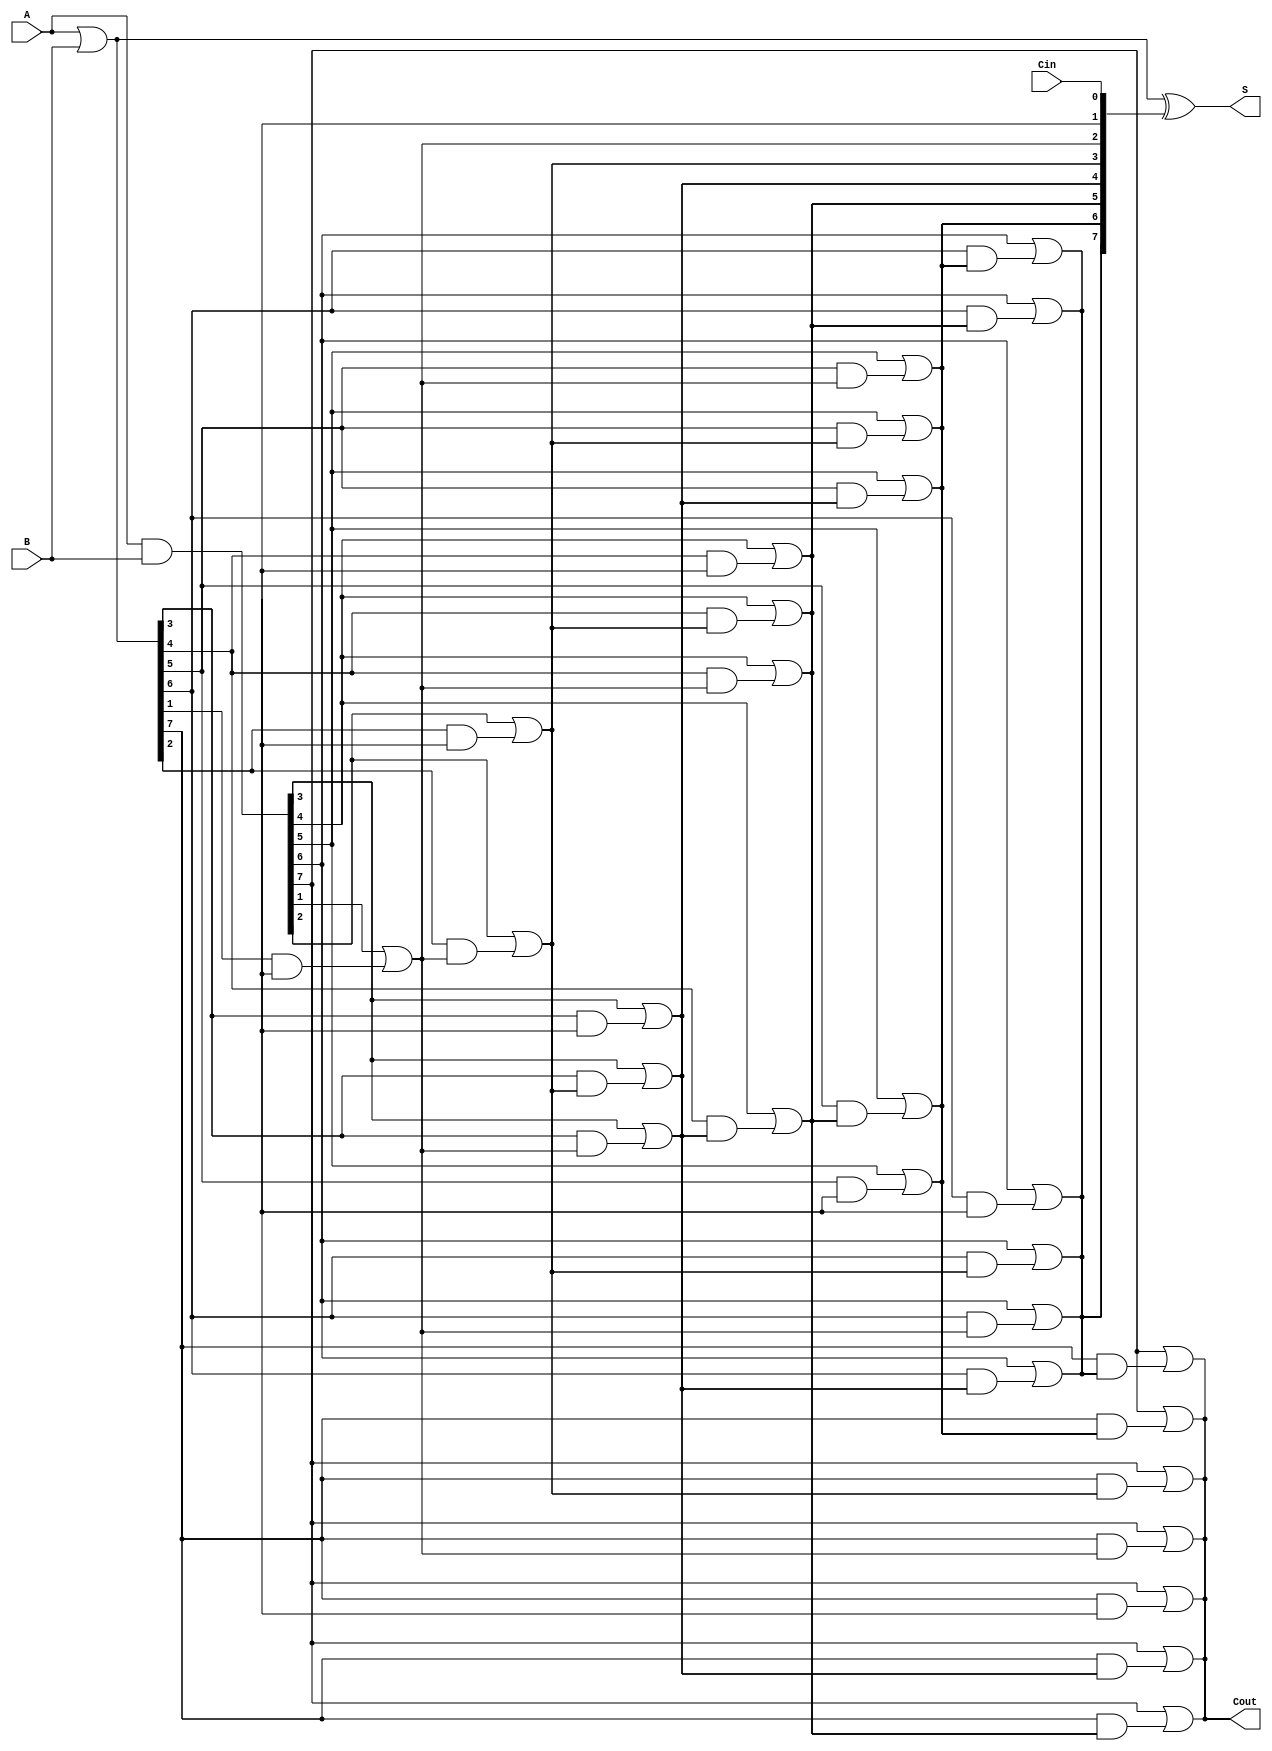
module KoggeStoneAdder #(parameter N = 8) (
    input  [N-1:0] A,      // First operand
    input  [N-1:0] B,      // Second operand
    input          Cin,     // Carry-in
    output [N-1:0] S,      // Sum output
    output         Cout     // Carry-out
);

    // Generate and Propagate signals
    wire [N-1:0] G; // Generate
    wire [N-1:0] P; // Propagate
    wire [N:0] C;    // Carry

    // Generate and Propagate calculations
    assign G = A & B;        // G[i] = A[i] & B[i]
    assign P = A | B;        // P[i] = A[i] | B[i]
    
    // Carry computation
    assign C[0] = Cin; // Initial carry-in

    genvar i, j;
    generate
        // Kogge-Stone Prefix computation
        for (i = 0; i < N; i = i + 1) begin : stage
            for (j = 0; j < i; j = j + 1) begin : level
                if (j == 0) begin
                    assign C[i+1] = G[i] | (P[i] & C[i]);
                end else begin
                    assign C[i+1] = G[i] | (P[i] & C[j]);
                end
            end
        end
    endgenerate

    // Sum calculation
    assign S = P ^ C[N-1:0]; // S[i] = P[i] ^ C[i-1]

    // Carry-out
    assign Cout = C[N];

endmodule